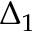
\Delta _ { 1 }